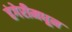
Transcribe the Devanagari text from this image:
हंगेरीमधून